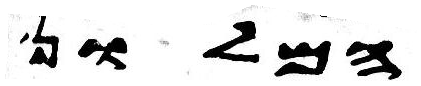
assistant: המלון